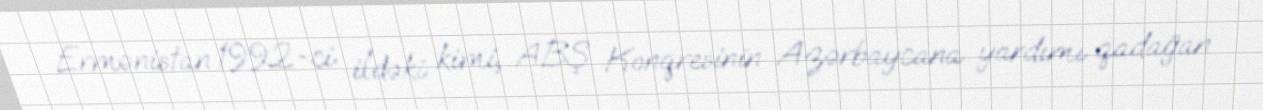
Ermənistan 1992-ci ildəki kimi, ABŞ Konqresinin Azərbaycana yardımı qadağan